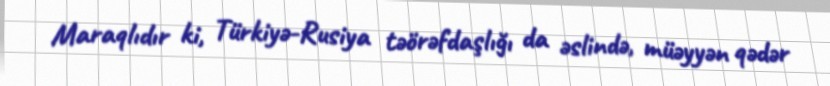
Maraqlıdır ki, Türkiyə-Rusiya təörəfdaşlığı da əslində, müəyyən qədər